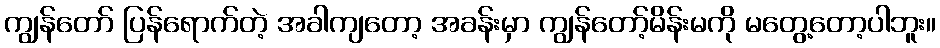
ကျွန်တော် ပြန်ရောက်တဲ့ အခါကျတော့ အခန်းမှာ ကျွန်တော့်မိန်းမကို မတွေ့တော့ပါဘူး။